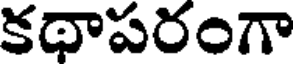
కథాపరంగా